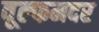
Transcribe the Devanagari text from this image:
वूल्‍फमदर